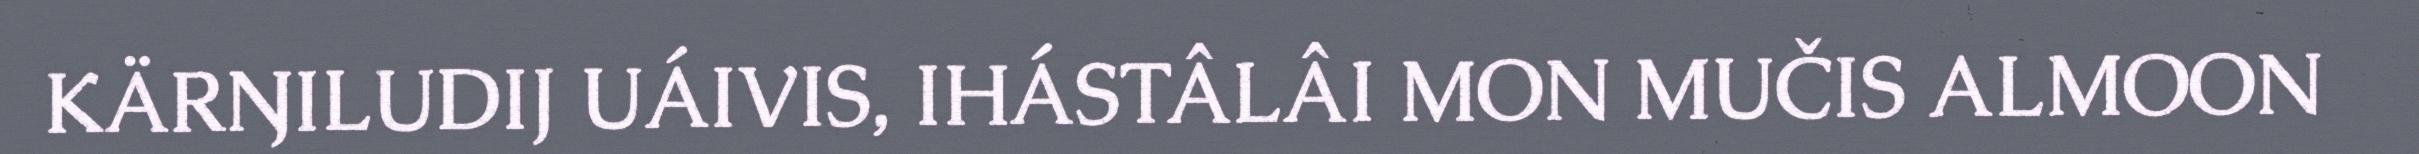
KÄRŊILUDIJ UÁIVIS, IHÁSTÂLÂI MON MUČIS ALMOON